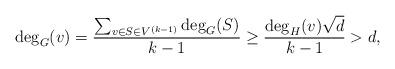
LaTeX: \begin{align*} \deg_G(v)= \frac{\sum_{v \in S \in V^{(k-1)}}\deg_G(S)}{k-1}\geq \frac{\deg_H(v)\sqrt{d}}{k-1}>d,\end{align*}